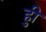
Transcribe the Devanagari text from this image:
हुी